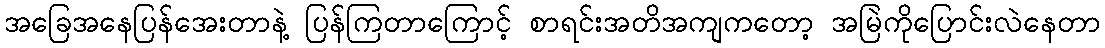
အခြေအနေပြန်အေးတာနဲ့ ပြန်ကြတာကြောင့် စာရင်းအတိအကျကတော့ အမြဲကိုပြောင်းလဲနေတာ